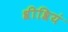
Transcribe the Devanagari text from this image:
श्रीश्रियं